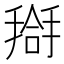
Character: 搿